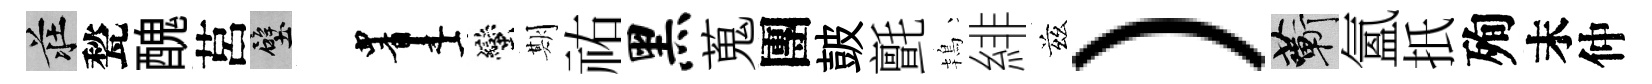
莊甃醜莒壁画蠻期祐黑蒐團皷氈鴇緋兹）蔪氳扺殉末仲